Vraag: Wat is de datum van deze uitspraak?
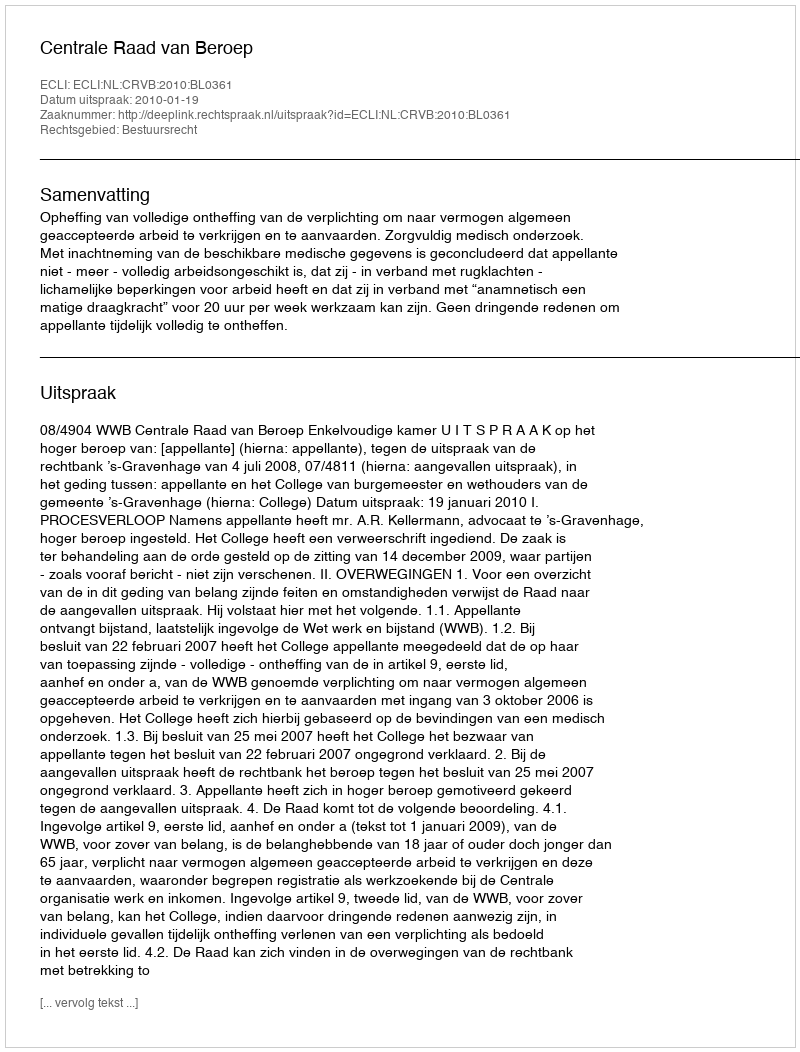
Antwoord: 2010-01-19